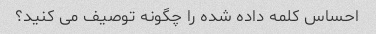
احساس کلمه داده شده را چگونه توصیف می کنید؟